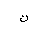
Letter: _non